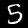
Label: 5